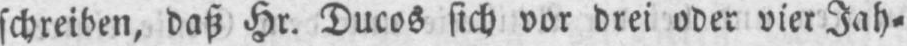
schreiben, daß Hr. Ducos sich vor drei oder vier Jah⸗